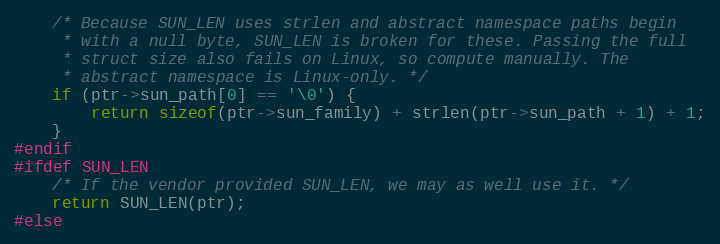
Language: C
	/* Because SUN_LEN uses strlen and abstract namespace paths begin
	 * with a null byte, SUN_LEN is broken for these. Passing the full
	 * struct size also fails on Linux, so compute manually. The
	 * abstract namespace is Linux-only. */
	if (ptr->sun_path[0] == '\0') {
		return sizeof(ptr->sun_family) + strlen(ptr->sun_path + 1) + 1;
	}
#endif
#ifdef SUN_LEN
	/* If the vendor provided SUN_LEN, we may as well use it. */
	return SUN_LEN(ptr);
#else